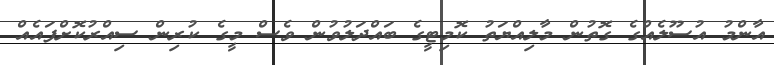
އާންމު އުސޫލެއްގެ ގޮތުން މާލިއްޔަތު ކޮމިޓީގެ ބައްދަލުވުން ވެސް މީގެ ކުރިން ސިއްރުކޮށްފައެއް